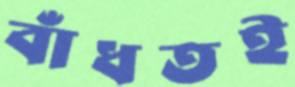
বাঁধতই